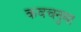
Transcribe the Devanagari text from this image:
कवचनुमा